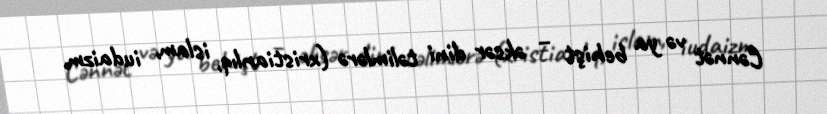
Cənnət və ya behişt – əksər dini təlimlərə (xristianlıq, islam, iudaizm,